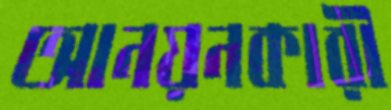
আনয়নকারী